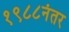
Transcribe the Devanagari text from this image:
१९८८नंतर